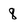
Character: 8